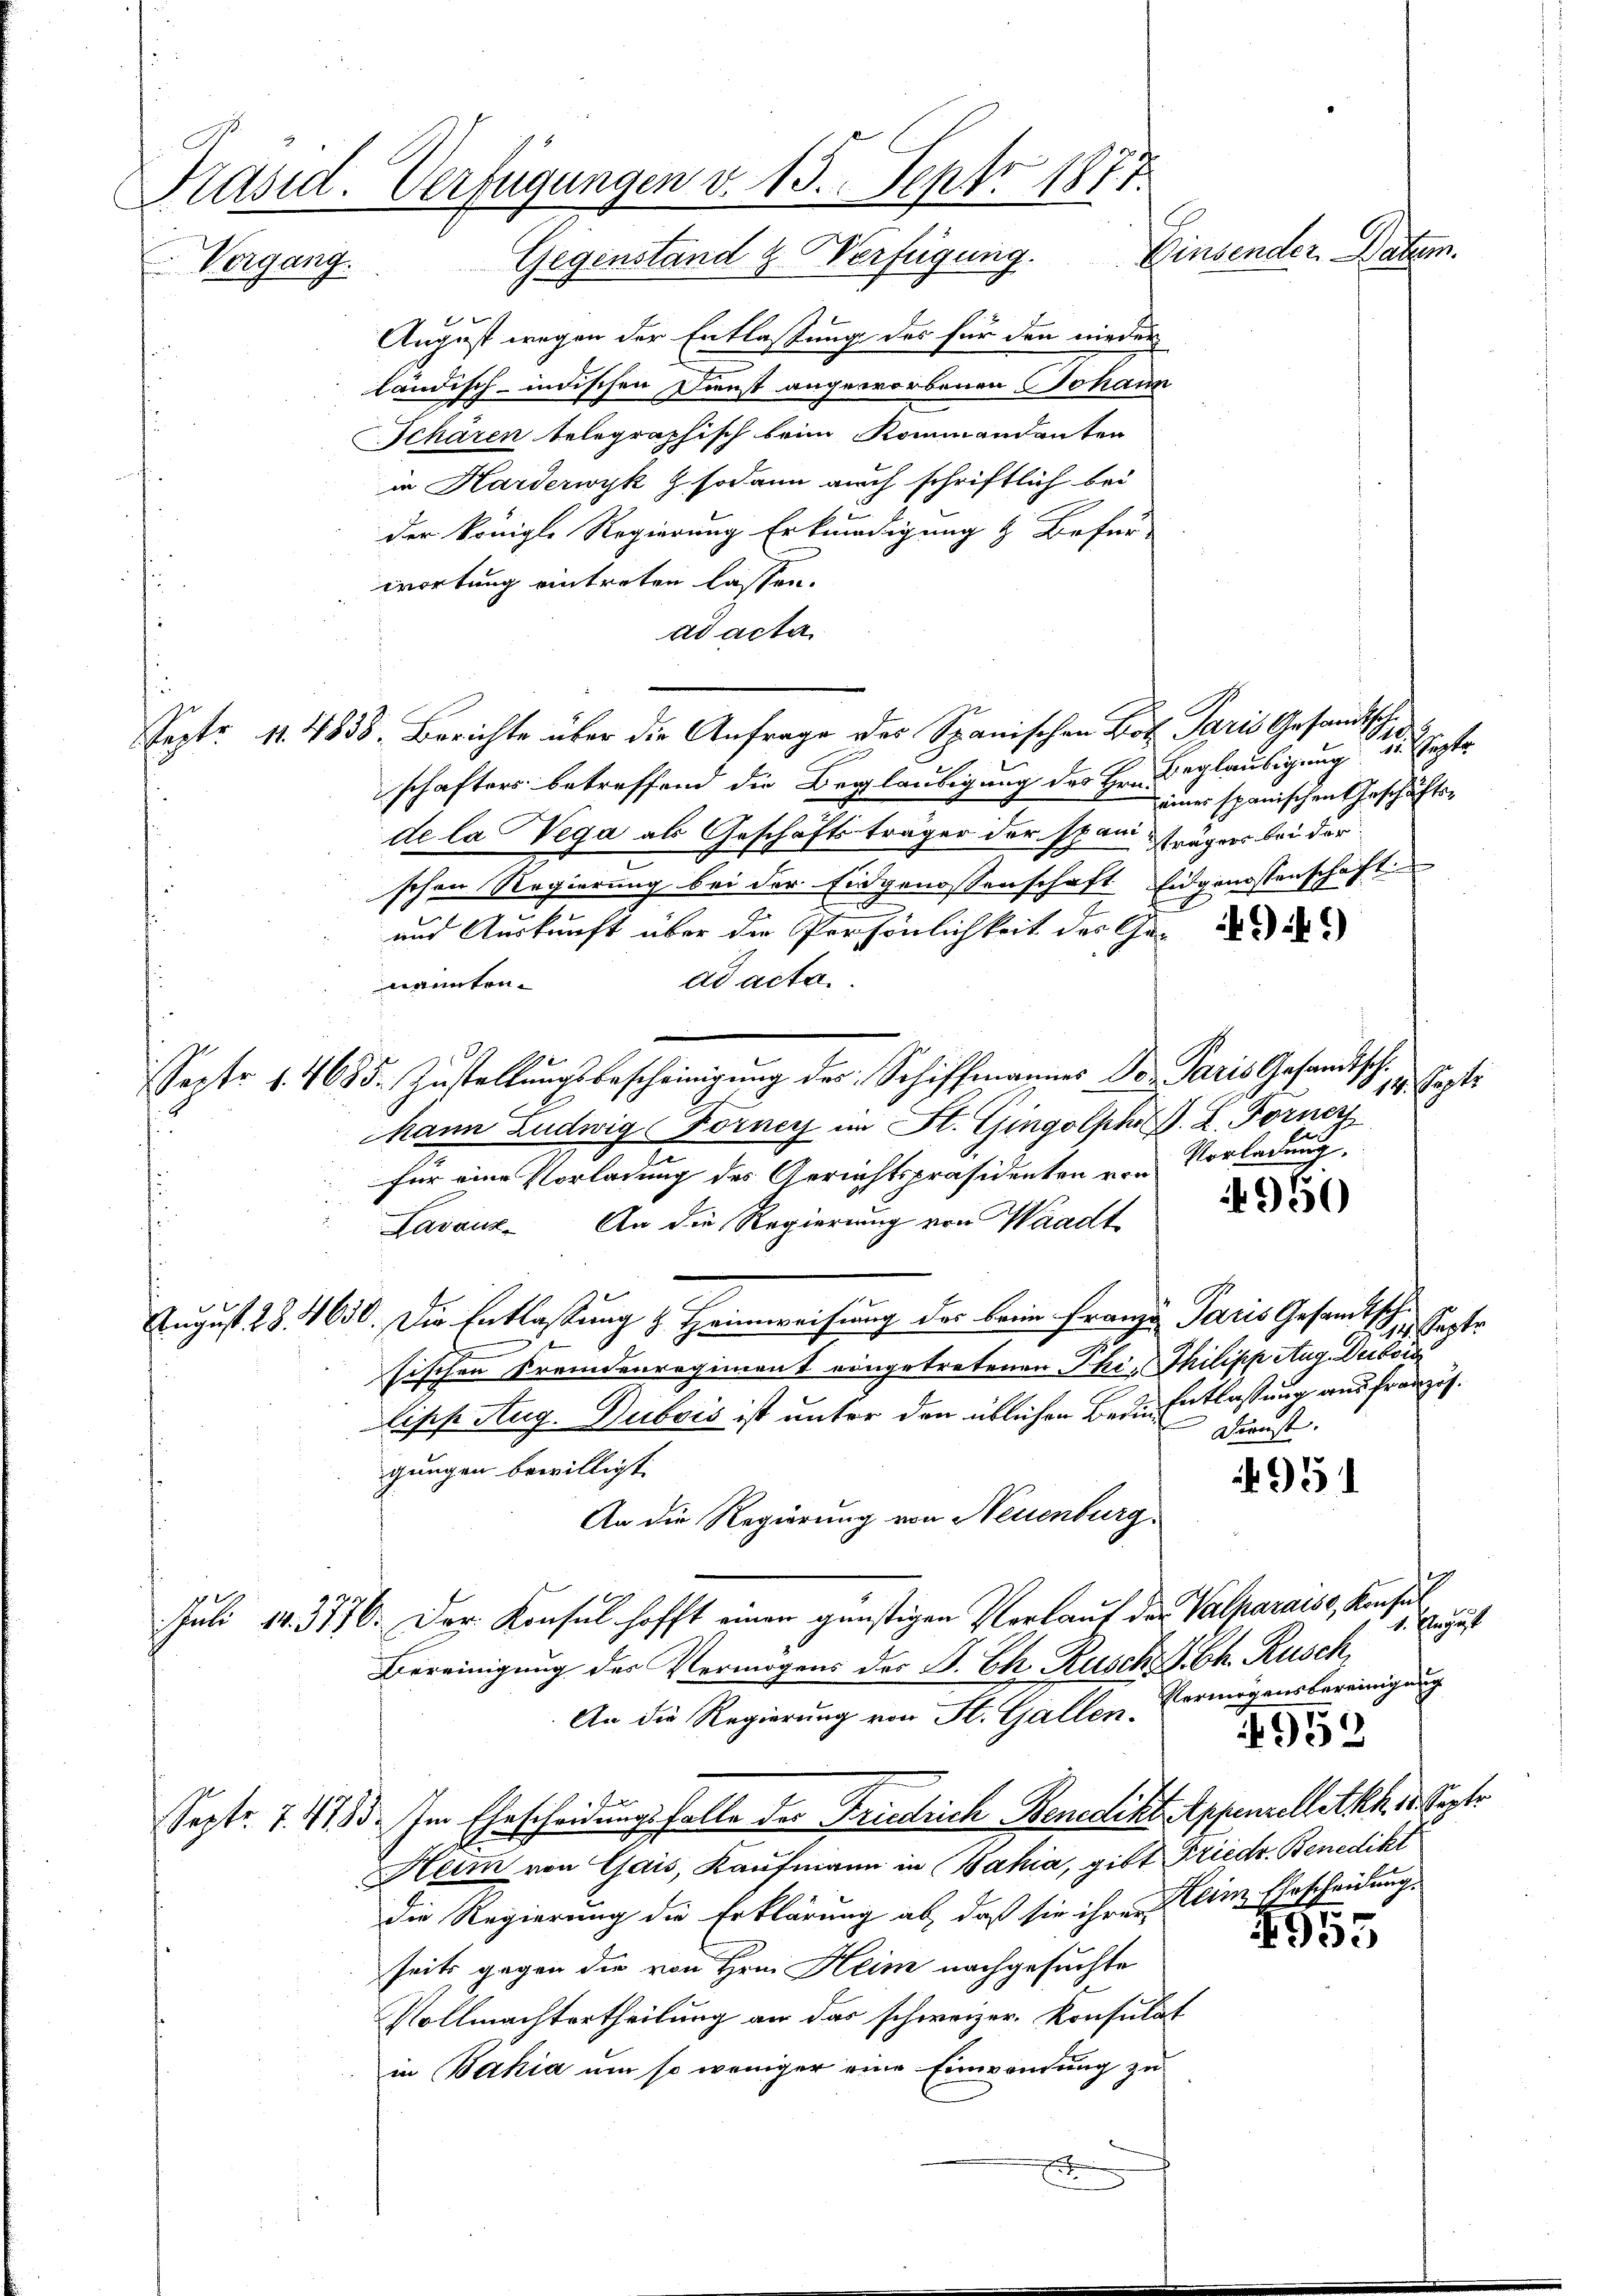
Präsid. Verfügungen v. 13. Sept. 1877.
Zinsenden Batten.
Vergang. Gegenstand & Verfügung.

August wegen der Entlassung des für den nieder
ländisch-indischen Dienst angeworbenen Johann
Schären telegraphisch beim Kommandanten
in Harderwyk & sodann auch schriftlich bei
der Königl. Regierung Erkundigung & Befür-
wortung eintreten lassen.
ad acta
Sept. 11. 4838. Berichte über die Anfrage des Spanischen Bot. Paris Gesandtsch.
schafters betreffend die Beglaubigung des Hrn. Beglaubigung
de la Vega als Geschäftsträger der spani frägers bei der
schen Regierung bei der Eidgenossenschaft Eidgenossenschaft
und Auskunft über die Persönlichkeit der Gene
ad acta.
nannten.
Sept. 1. 4685. Zŭstellŭngsbescheinigŭng des Schiffmannes Dr. Paris Gesandtsch.
kann Ludwig Förney im St. Gingolph P. L. Forner
f
Vorladung.
für eine Vorladung des Gerichtspräsidenten von
Lavanz. An die Regierung von Waadt
August 28. 4630. Die Entlaßung & Heimweisung des beim Franze Paris Gesandtsche
G
sischen Fremdenregiment eingetretenen Phi, Philipp Aug. Dubois
lipp Aug. Dubois ist unter den üblichen Bedie Entlassung aus franzis¬
Dienst.
gungen bewilligt.
951
An die Regierung von Neuenburg,
Juli 183776. Der Konsul hofft einen günstigen Vorlauf der Valparaise, Konsul,
Bereinigung des Vermögens der S. Ch. Rusch Abh. Rusch,
An die Regierung von St. Gallen-Vermögensbereinigung
4959
fx
Sept. 1. 1183. Im Eheschendungsfalle der Friedrich Benedikt Appenzelletth 18. Septe
Heim von Gais, Kaufmann in Bahia, gibt Friedr. Benedikt
Die Regierung die Erklärung ab, daß sie ihrer Klein Ehrscheidung,
4955
seits gegen die von Hrn. Heim nachgesuchte
Vollmachtertheilung an das schweizer. Konsulat
in Bahia um so weniger eine Einwandung zu
x

1812
duftigte
eines spanischen Geschäfts¬

950

314. Septe

1. Septe

4. August